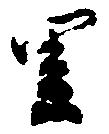
里